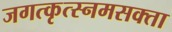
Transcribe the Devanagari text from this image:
जगत्कृत्स्नमसक्ता